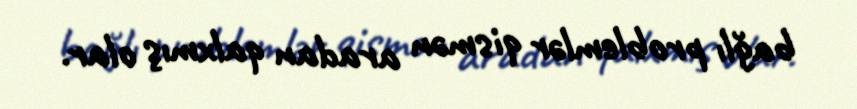
bağlı problemlər qismən aradan qalxmış olar.